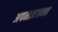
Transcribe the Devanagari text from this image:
अपमानजन्क